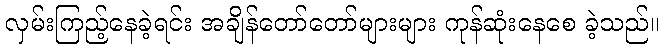
လှမ်းကြည့်နေခဲ့ရင်း အချိန်တော်တော်များများ ကုန်ဆုံးနေစေ ခဲ့သည်။